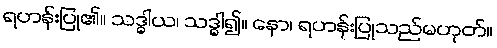
ရဟန်းပြု၏။ သဒ္ဓါယ၊ သဒ္ဓါ၍။ နော၊ ရဟန်းပြုသည်မဟုတ်။